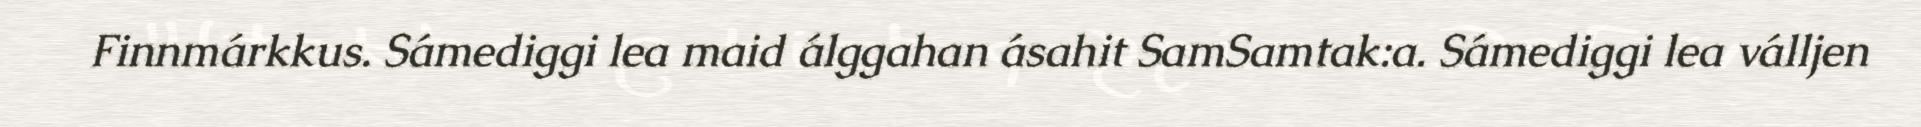
Finnmárkkus. Sámediggi lea maid álggahan ásahit SamSamtak:a. Sámediggi lea válljen